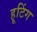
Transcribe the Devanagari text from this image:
हूटिंग